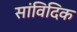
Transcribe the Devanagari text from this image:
सांविदिक